Annual report on the health of the army in India
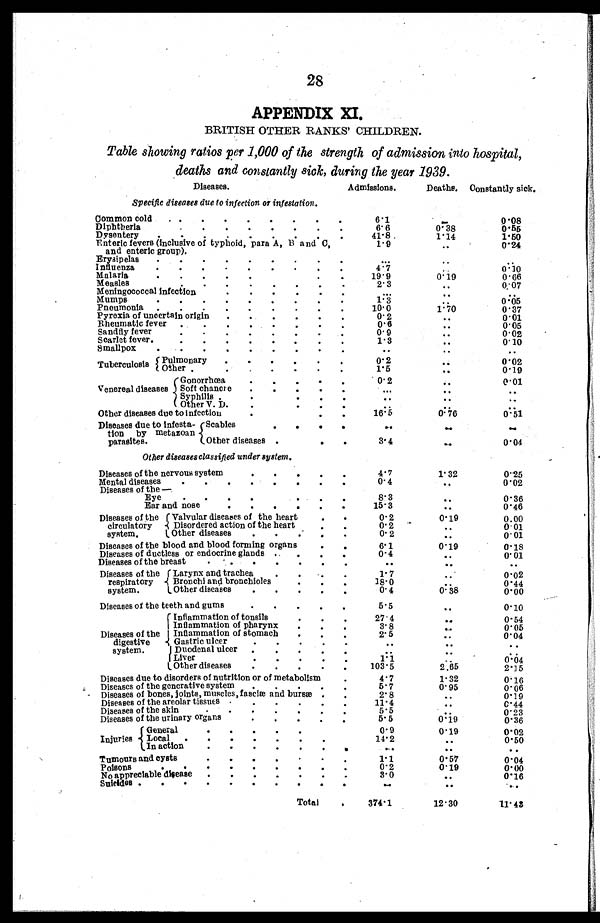
28
APPENDIX XI.
BRITISH OTHER RANKS' CHILDREN.
Table showing ratios per 1,000 of the strength of admission into hospital,
death and constantly sick, during the year 1939.
Diseases.
Admissions.
Deaths. Constantly sick.
Specific diseases due to infection or infestation.
Commoncold
6.1
. .
0 . 0 8
Diphtheria
6.6
0.38
0 . 5 5
Dysentery
41.8
1.14
1 . 5 0
.
Enteric fevers (inclusive of typhoid, para A, B and C,
and enteric group)
1 . 9
. .
0 . 2 4
Erysipelas
. .
. .
. .
Influenza
. .
0 . 1 0
4.7
Malaria
0 . 1 9
0' 66
19.9
Measles
. .
28 3
Meningococcal infection
. .
0.07
. .
Mumps
1 . 3 2
. .
0.05
Pneumonia
10.0
1.70
0 . 3 7
.
Pyrexia of uncertain origin
0 . 2
0.01
. .
•
Rheumatic fever
0.6
. .
0.05
•
•
Sandfly fever
05 9
. .
0 . 0 2
Scarlet fever
10 3
0.20
. .
Smallpox
. .
. .
. . . .
Tuberculosis Pulmonary
0.2
. .
0 . 0 2
Other
5
. . . .
0 . 9
Venereal diseases
Gonorrhœa
0.2
. .
0.01
Soft chance
. . .
. .
. .
Syphilis
. .
. .
. .
Other V. D
. .
. .
Other diseases due to Infection
1 . 5
• 0 . 7 6
0.51
Diseases due to
infesta¬tion by metazoan
parasites
Scables
. .
..
. .
Other diseases
3.4
0.04
Other diseases classified under system.
Diseases of the nervous system
1 . 7
1 . 3 2
0.25
Mental diseases
0 . 2 4
. .
0.02
Diseases of the —
Eye
8 . 3
. .
0 . 3 6
Ear and nose
15.3
..
0 . 4 6
Diseases of the
circulatory
system
Valvular diseases of the heart
0.2
0.19
0.00
Disordered action of the hart
0.2
. .
0 01
Other diseases
0.2
. .
0.01
Diseases of the blood and blood forming organs
0.1
0 . 1 9
0 . 1 8
Diseases of ductless or endocrine glands
0.4
. .
0.01
Diseases of the breast
. .
. .
. .
Diseases of the
respiratory
system
Larynx and trachea
1.7
. .
0 . 0 2
Bronchi and bronchioles
18.0
..
0 . 0 4
Other diseases
0 . 4
0 : 38
0 . 0 0
Diseases of the teeth and gums
5.5
..
0 . 1 0
Diseases of the
digestive
system
Inflammation of tonsils
27.4
0.54
Inflammation of pharynx
3.8
..
0.05
Inflammation of stomach
2.5
0.04
..
Gastric ulcer
. .
. .
Duodenal ulcer
. .
..
. .
Liver
1.1
..
0.04
Other diseases
• 1 . 3 5
2.65
2.15
Diseases due to disorders of nutrition or of metabolism
4.7
2.32
0. 16
Diseases of the generative system
5.7
0.95
0. 06
Diseases of bones, joints, muscles, fasciae and bursae
2.8
..
0.19
Diseases of the areolar tissues
11.4
..
0.44
Diseases of the skin
5.5
0.23
Diseases of the urinary organs
5.5
0.29
0. 36
Injuries
General
0.9
0.19
0.02
Local
14.2
..
0.50
In action
..
...
. .
Tumours and. cysts
1.1
0.57
0.04
Poisons
0.2
0.19
0 . 0 0
disease
No appre
appreciable•
3.0
..
0. 16
Suicides
. .
. .
. .
Total
374.1
12.30
11.43